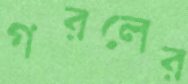
গরলের